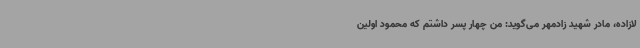
لازاده، مادر شهید زادمهر می‌گوید: من چهار پسر داشتم که محمود اولین